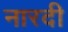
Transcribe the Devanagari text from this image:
नारदी